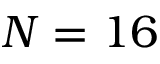
N = 1 6